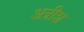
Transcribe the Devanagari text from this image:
अत्रीश